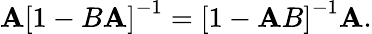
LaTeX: \mathbf{A}\left[1-B\mathbf{A}\right]^{-1}=\left[1-\mathbf{A}B\right]^{-1}\mathbf{A}.